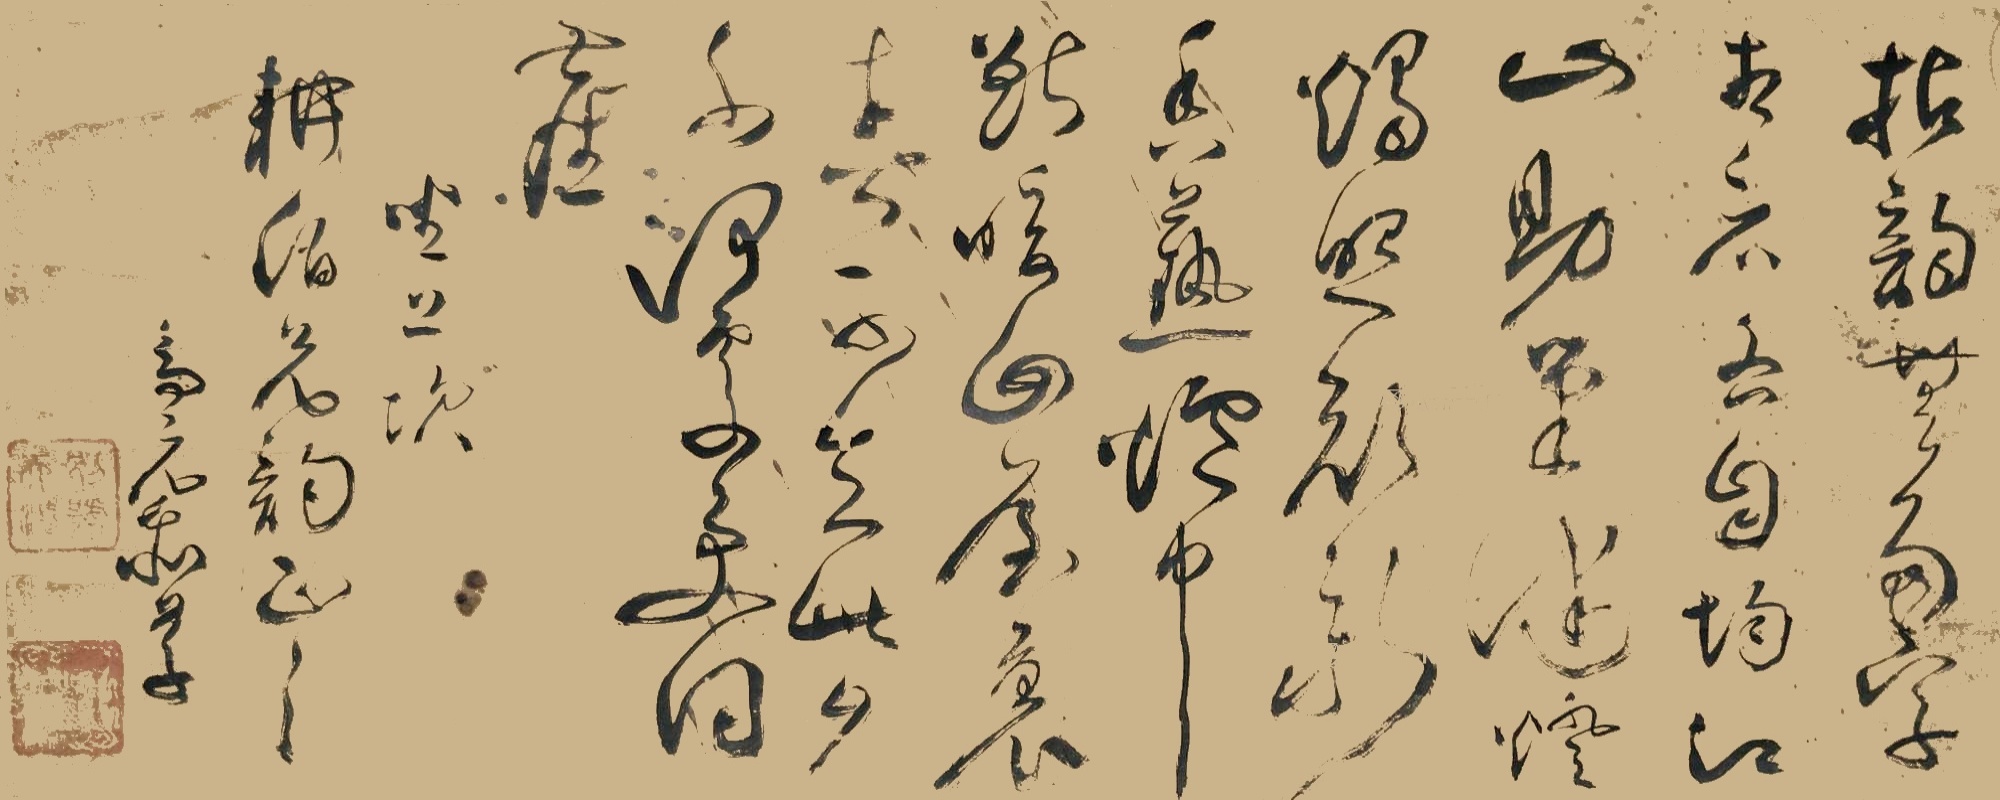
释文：拈韵无多字，相看各自均，江山助笔健，灯烛照颜新，香𦶟炉中兽，暖回屋里春，可知此夕否，何处更得尘。坐上次耕伯兄韵正之，高元泰草。